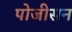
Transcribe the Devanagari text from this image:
पोजीसन